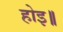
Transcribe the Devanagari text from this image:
होइ॥